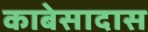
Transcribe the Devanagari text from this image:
काबेसादास